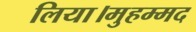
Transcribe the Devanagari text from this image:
लिया।मुहम्मद